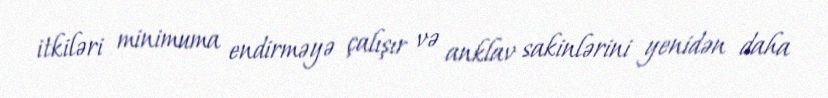
itkiləri minimuma endirməyə çalışır və anklav sakinlərini yenidən daha